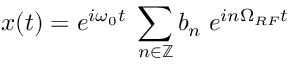
x ( t ) = e ^ { i \omega _ { 0 } t } \; \sum _ { n \in \mathbb { Z } } b _ { n } \; e ^ { i n \Omega _ { R F } t }